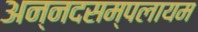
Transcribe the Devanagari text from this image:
अन्नदसम्पलायम